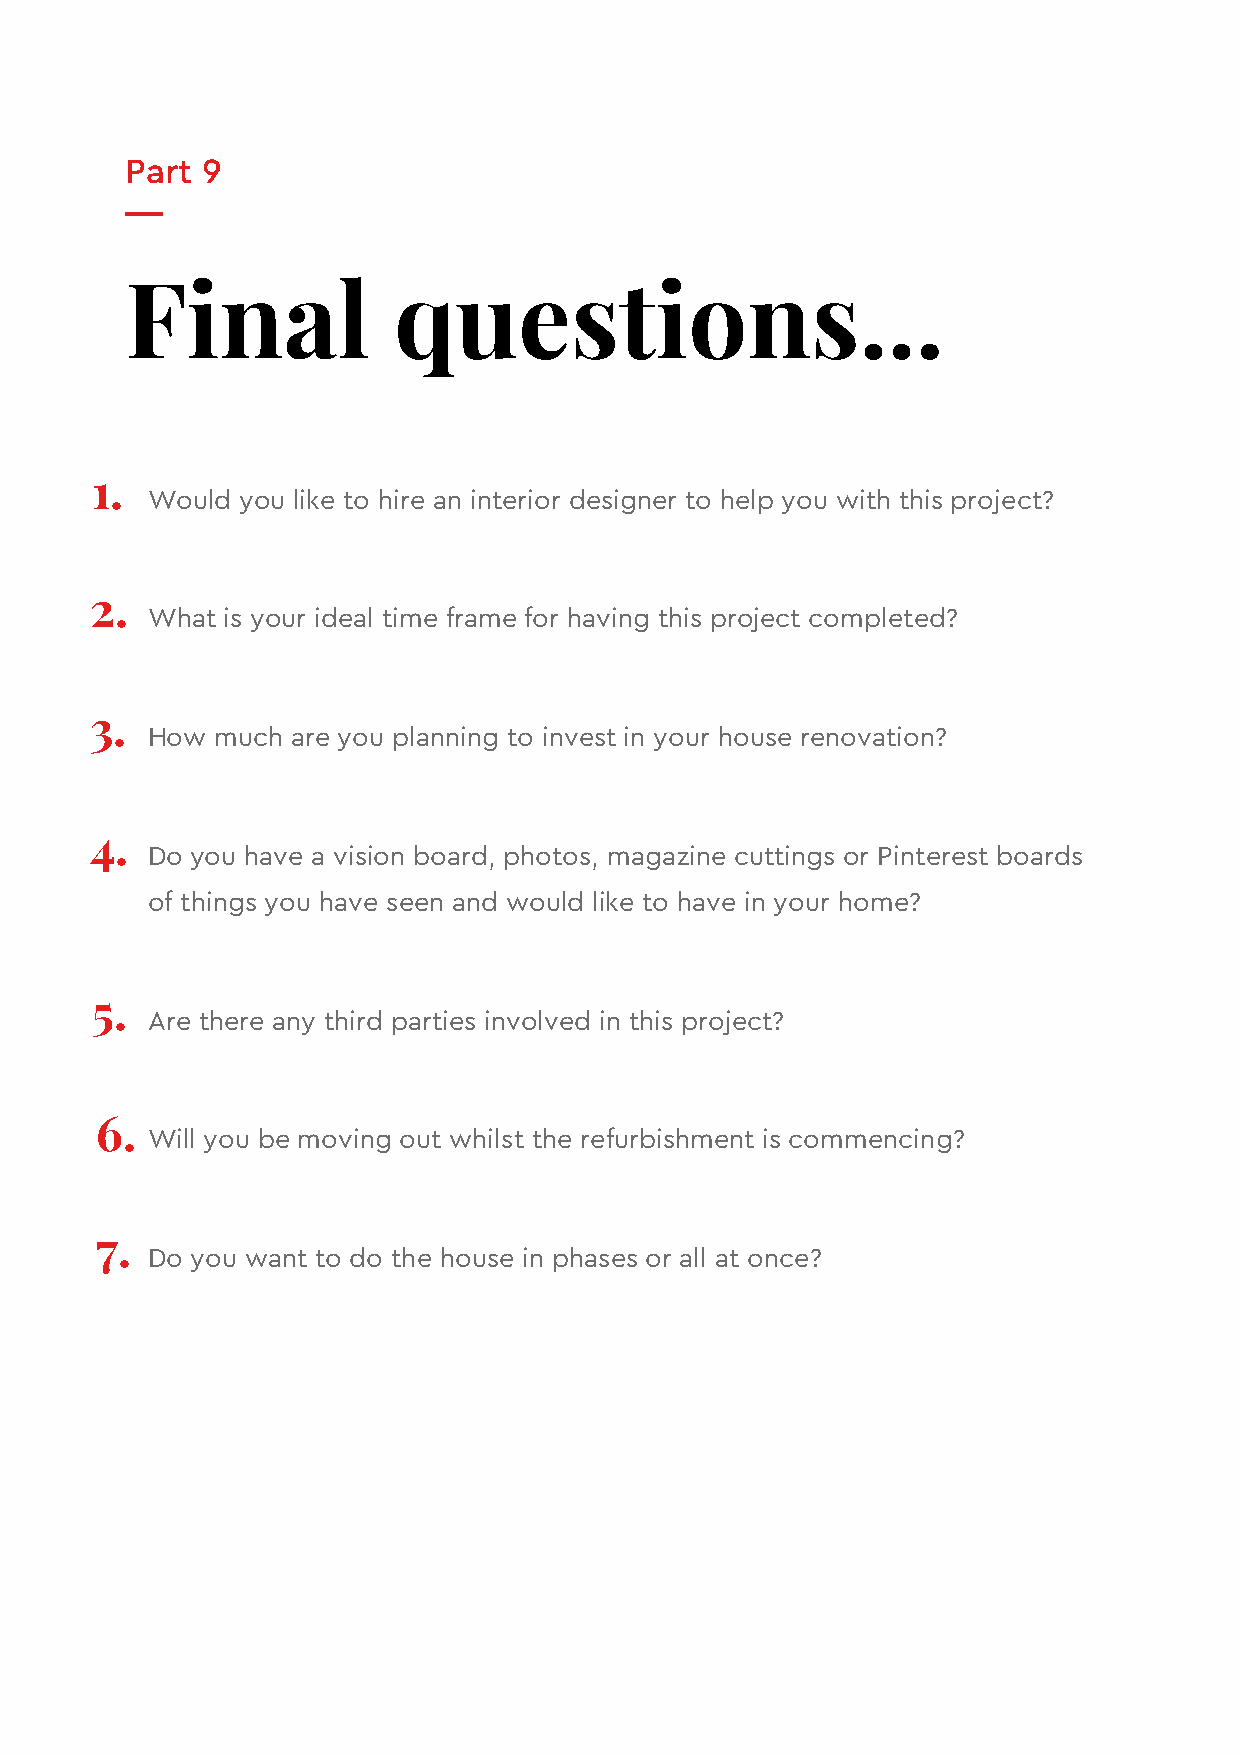
Part 9
 Final             questions...
 1.
 Would you like to hire an interior designer to help you with this project?
 2.
 What is your ideal time frame for having this project completed?
 3.
 How much are you planning to invest in your house renovation?
 4.
 Do you have a vision board, photos, magazine cuttings or Pinterest boards
 of things you have seen and would like to have in your home?
 5.
 Are there any third parties involved in this project?
 6.
 Will you be moving out whilst the refurbishment is commencing?
 7.
 Do you want to do the house in phases or all at once?